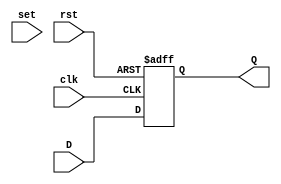
module FF(input clk, rst, set, input [3:0] D, output [3:0] Q);
reg Q;
	always @ (posedge clk or	posedge rst) begin
		if (rst)
		  Q <= 4'b0000;
	else
		  Q <= D;
	end
endmodule